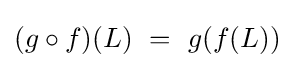
(g\circ f)(L)~=~g(f(L))